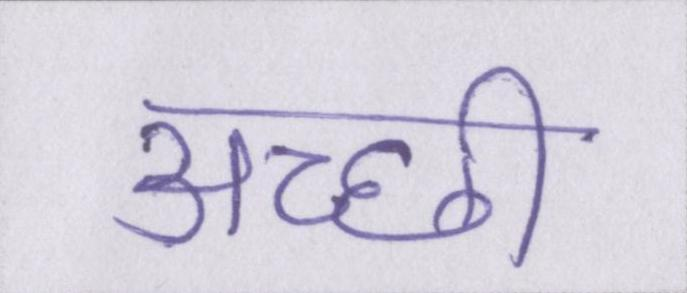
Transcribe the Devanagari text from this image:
अच्छी